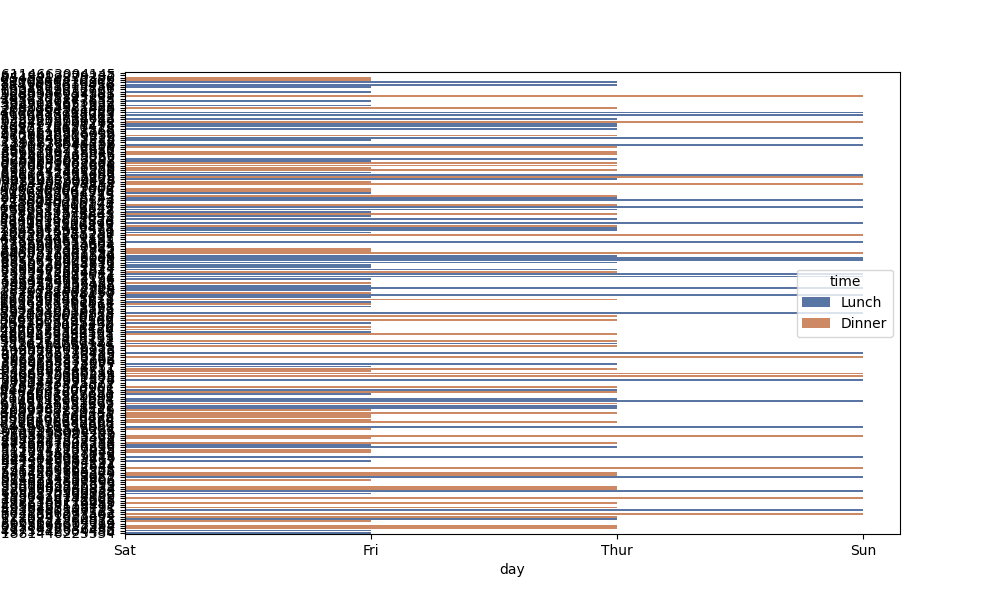
python, seaborn, barplot, hue='time', palette='deep', ci=None, orient='h'